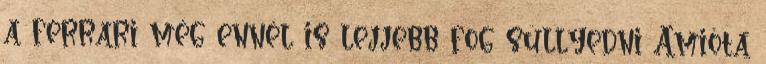
a ferrari még ennél is lejjebb fog süllyedni Amióta